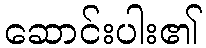
ဆောင်းပါး၏